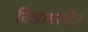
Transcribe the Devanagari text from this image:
विश्रामरहित